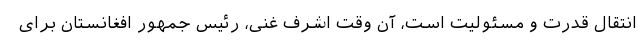
انتقال قدرت و مسئولیت است، آن وقت اشرف غنی، رئیس جمهور افغانستان برای